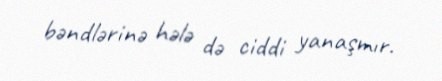
bəndlərinə hələ də ciddi yanaşmır.